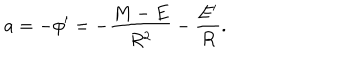
LaTeX: a = - \phi ^ { \prime } = - \frac { M - E } { R ^ { 2 } } - \frac { E ^ { \prime } } { R } .